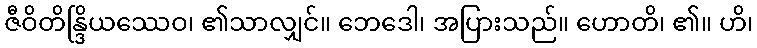
ဇီဝိတိန္ဒြိယဿေဝ၊ ၏သာလျှင်။ ဘေဒေါ၊ အပြားသည်။ ဟောတိ၊ ၏။ ဟိ၊